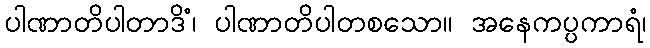
ပါဏာတိပါတာဒိံ၊ ပါဏာတိပါတစသော။ အနေကပ္ပကာရံ၊